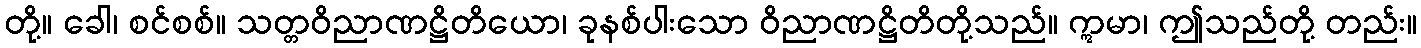
တို့။ ခေါ၊ စင်စစ်။ သတ္တဝိညာဏဋ္ဌိတိယော၊ ခုနစ်ပါးသော ဝိညာဏဋ္ဌိတိတို့သည်။ ဣမာ၊ ဤသည်တို့ တည်း။